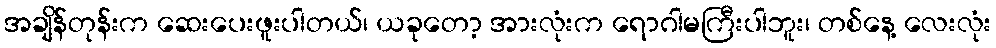
အချိန်တုန်းက ဆေးပေးဖူးပါတယ်၊ ယခုတော့ အားလုံးက ရောဂါမကြီးပါဘူး၊ တစ်နေ့ လေးလုံး